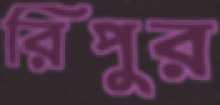
রিপুর